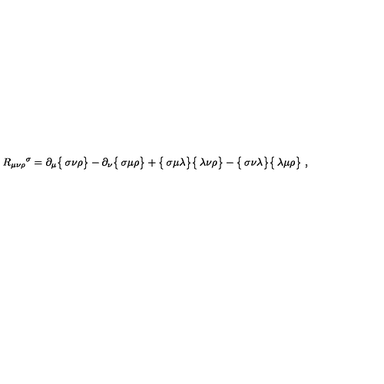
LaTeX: R _ { \mu \nu \rho } { } ^ { \sigma } = \partial _ { \mu } \bigl \{ \begin{matrix} { \sigma } \\ { \nu \rho } \\ \end{matrix} \bigr \} - \partial _ { \nu } \bigl \{ \begin{matrix} { \sigma } \\ { \mu \rho } \\ \end{matrix} \bigr \} + \bigl \{ \begin{matrix} { \sigma } \\ { \mu \lambda } \\ \end{matrix} \bigr \} \bigl \{ \begin{matrix} { \lambda } \\ { \nu \rho } \\ \end{matrix} \bigr \} - \bigl \{ \begin{matrix} { \sigma } \\ { \nu \lambda } \\ \end{matrix} \bigr \} \bigl \{ \begin{matrix} { \lambda } \\ { \mu \rho } \\ \end{matrix} \bigr \} \ ,